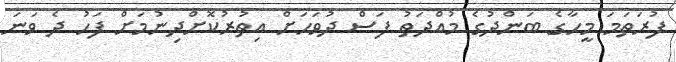
ފުރަތަމަ މީހާގެ ބަންދުގެ މުއްދަތު ފަސް ދުވަހަށް އިތުރުކޮށްދިނުމަށް ފަހު ދެ ވަނަ